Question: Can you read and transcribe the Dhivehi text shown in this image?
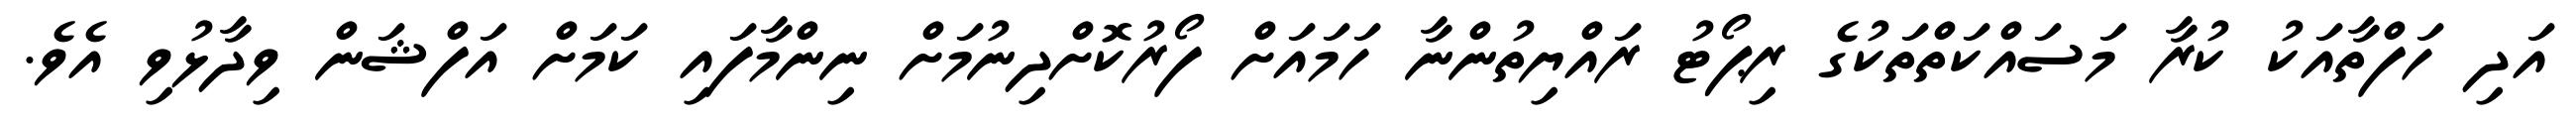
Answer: އަދި ހަފްތާއަކު ކުރާ މަސައްކަތްތަކުގެ ރިޕޯޓު ރައްޔިތުންނާ ހަމައަށް ފޯރުކޮށްދިނުމަށް ނިންމާފައި ކަމަށް އަފްޝަން ވިދާޅުވި އެވެ.